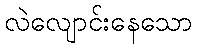
လဲလျောင်းနေသော